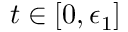
t \in [ 0 , \epsilon _ { 1 } ]